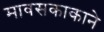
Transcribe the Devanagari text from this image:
मावसकाकाने